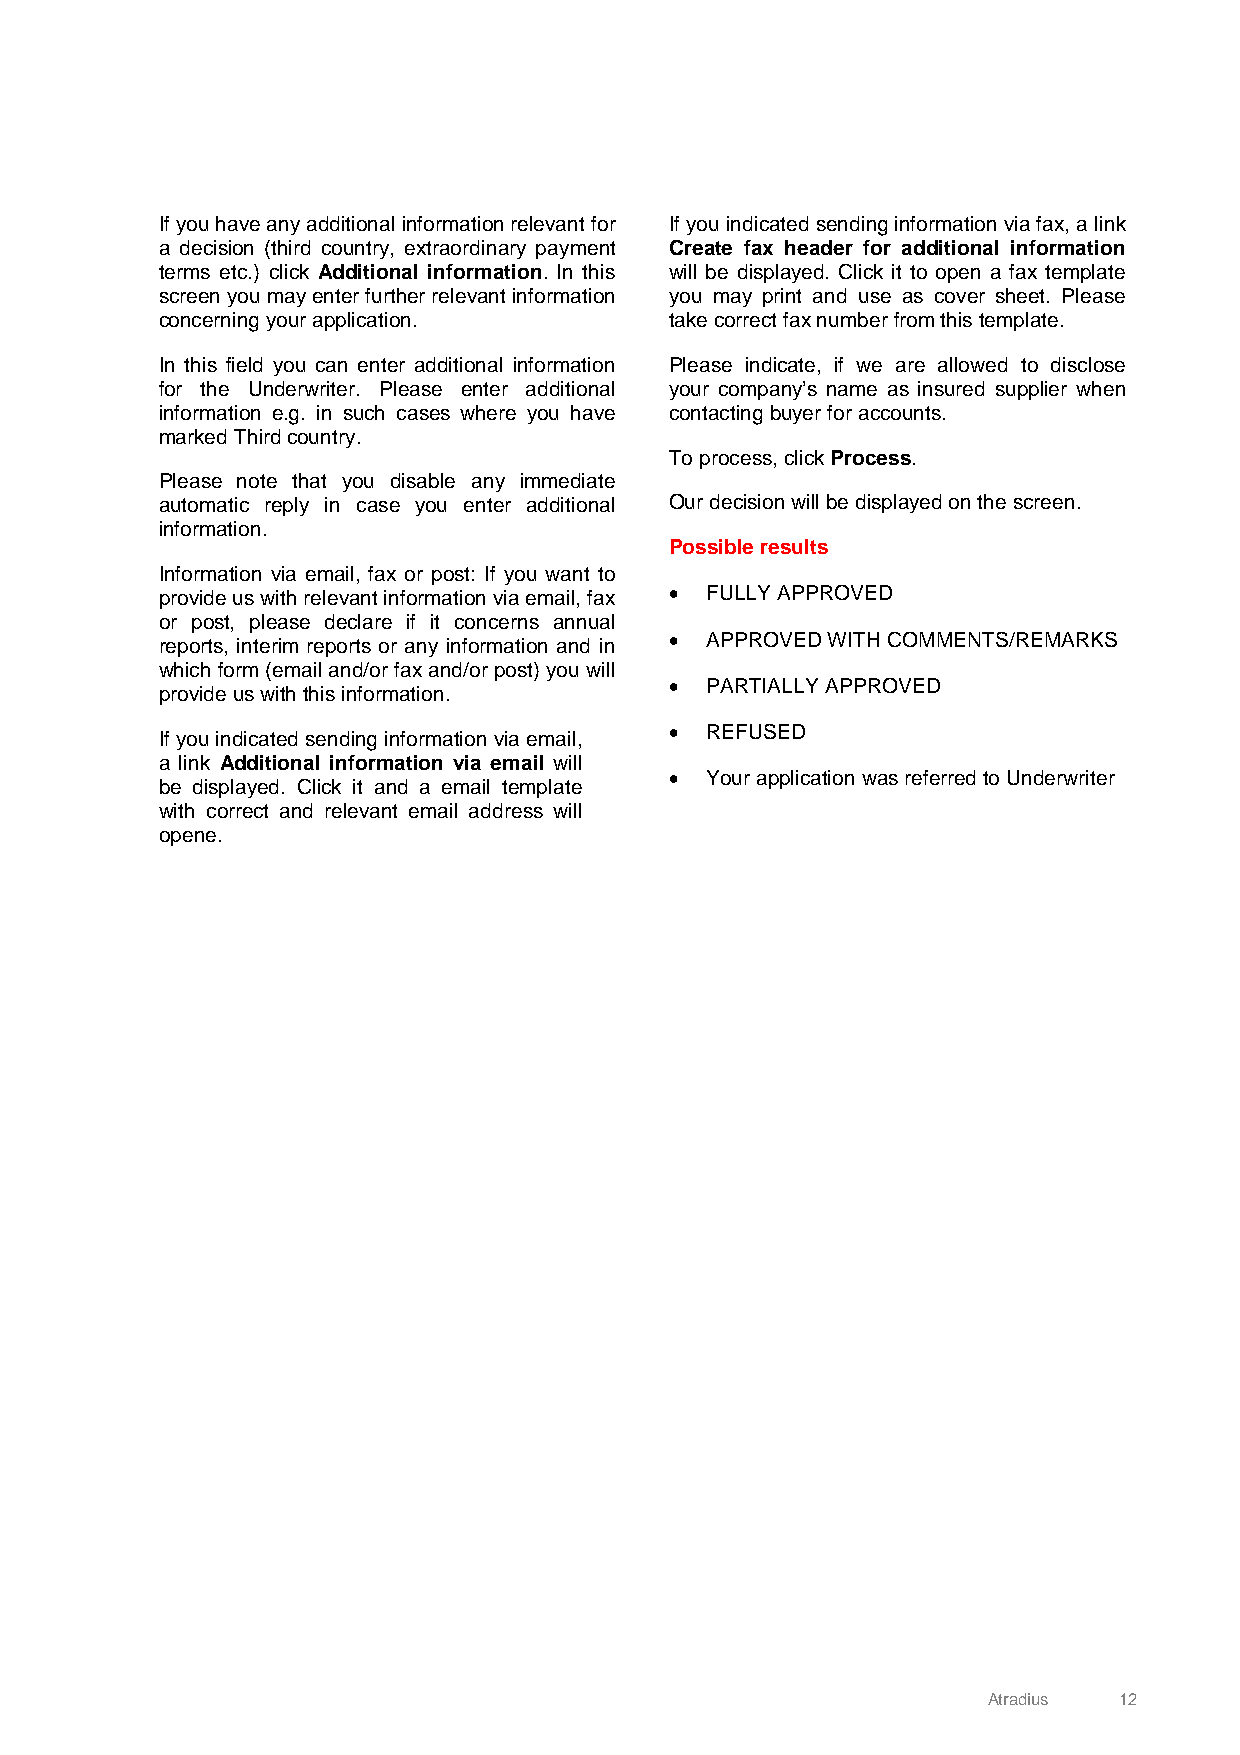
If you have any additional information relevant for If you indicated sending information via fax, a link
 a decision (third country, extraordinary payment Create fax header for additional information
 terms etc.) click Additional information. In this will be displayed. Click it to open a fax template
 screen you may enter further relevant information you may print and use as cover sheet. Please
 concerning your application.     take correct fax number from this template.
 In this field you can enter additional information Please indicate, if we are allowed to disclose
 for the Underwriter. Please enter additional your company’s name as insured supplier when
 information e.g. in such cases where you have contacting buyer for accounts.
 marked Third country.
 To process, click Process.
 Please note that you disable any immediate
 automatic reply in case you enter additional Our decision will be displayed on the screen.
 information.
 Possible results
 Information via email, fax or post: If you want to
 provide us with relevant information via email, fax • FULLY APPROVED
 or post, please declare if it concerns annual
 •  APPROVED WITH COMMENTS/REMARKS
 reports, interim reports or any information and in
 which form (email and/or fax and/or post) you will
 •  PARTIALLY APPROVED
 provide us with this information.
 •  REFUSED
 If you indicated sending information via email,
 a link Additional information via email will
 •  Your application was referred to Underwriter
 be displayed. Click it and a email template
 with correct and relevant email address will
 opene.
 Atradius 12